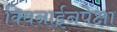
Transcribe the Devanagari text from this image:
क्विनाईनपेक्षा